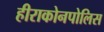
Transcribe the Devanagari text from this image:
हीराकोनपोलिस